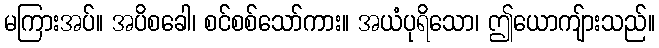
မကြားအပ်။ အပိစခေါ၊ စင်စစ်သော်ကား။ အယံပုရိသော၊ ဤယောကျ်ားသည်။